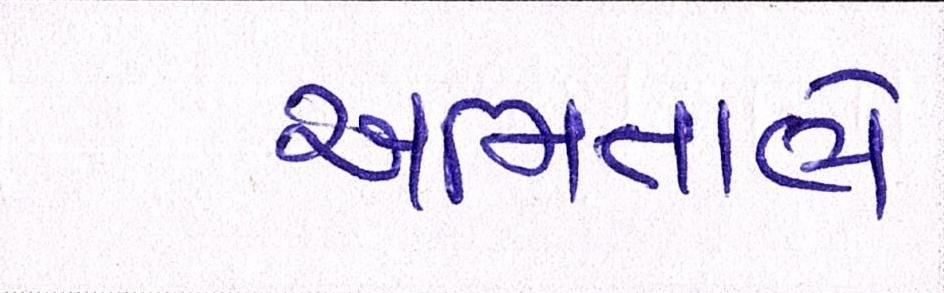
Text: અમિતાભે